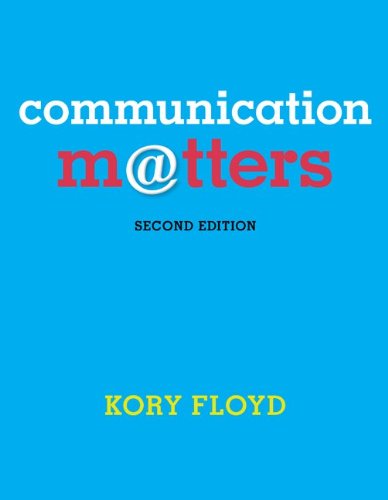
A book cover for Communication Matters; Kory Floyd; Reference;